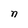
Character: n